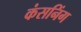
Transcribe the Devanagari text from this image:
कंसनिंग